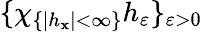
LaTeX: \{ \chi_{\{ |h_{\mathbf{x}}|<\infty\} }h_{\varepsilon}\} _{\varepsilon>0}